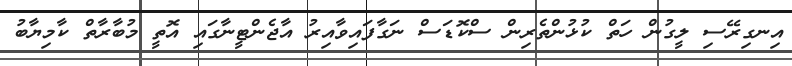
އިނގިރޭސި ލީގުން ހަތް ކުޅުންތެރިން ސްކޮޑަސް ނަގާފައިވާއިރު އާޖެންޓީނާގައި އޮތީ މުބާރާތް ކާމިޔާބު